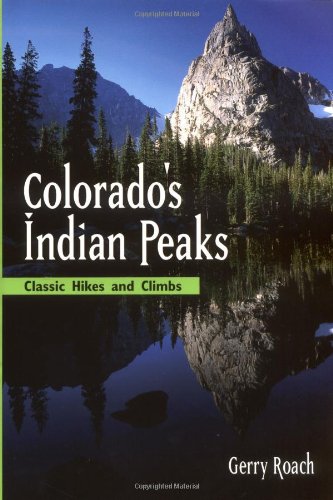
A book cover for Colorado's Indian Peaks: Classic Hikes and Climbs (Classic Hikes & Climbs S); Gerry Roach; Sports & Outdoors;